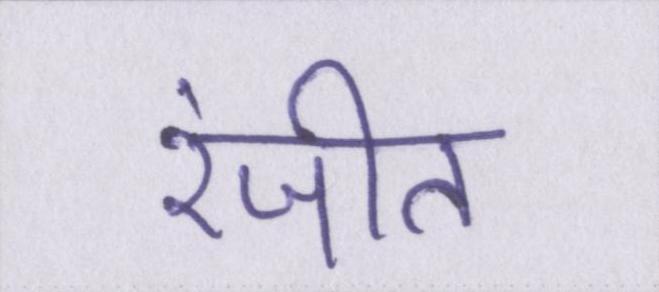
रंजीत